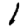
Digit: 1